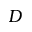
D